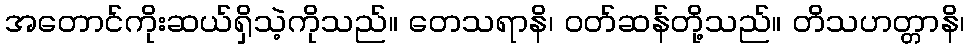
အတောင်ကိုးဆယ်ရှိသဲ့ကိုသည်။ တေသရာနိ၊ ဝတ်ဆန်တို့သည်။ တိသဟတ္တာနိ၊